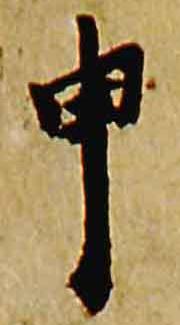
申